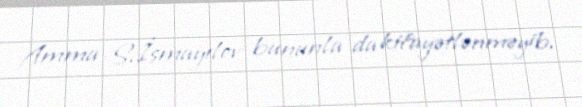
Amma S.İsmayılov bununla da kifayətlənməyib.